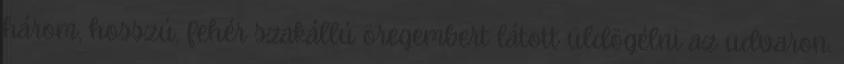
három, hosszú, fehér szakállú öregembert látott üldögélni az udvaron.